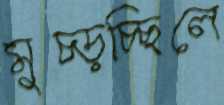
মুচ্‌ড়চ্ছিলে